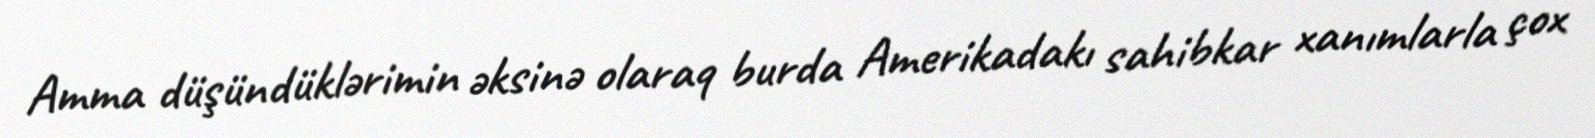
Amma düşündüklərimin əksinə olaraq burda Amerikadakı sahibkar xanımlarla çox